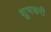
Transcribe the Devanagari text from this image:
शुभकरी